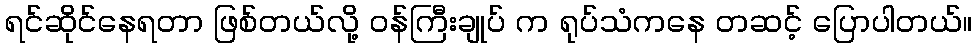
ရင်ဆိုင်နေရတာ ဖြစ်တယ်လို့ ဝန်ကြီးချုပ် က ရုပ်သံကနေ တဆင့် ပြောပါတယ်။